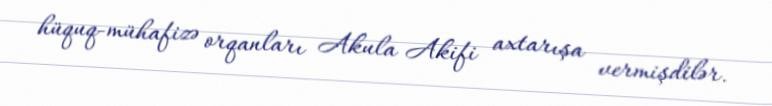
hüquq-mühafizə orqanları Akula Akifi axtarışa vermişdilər.